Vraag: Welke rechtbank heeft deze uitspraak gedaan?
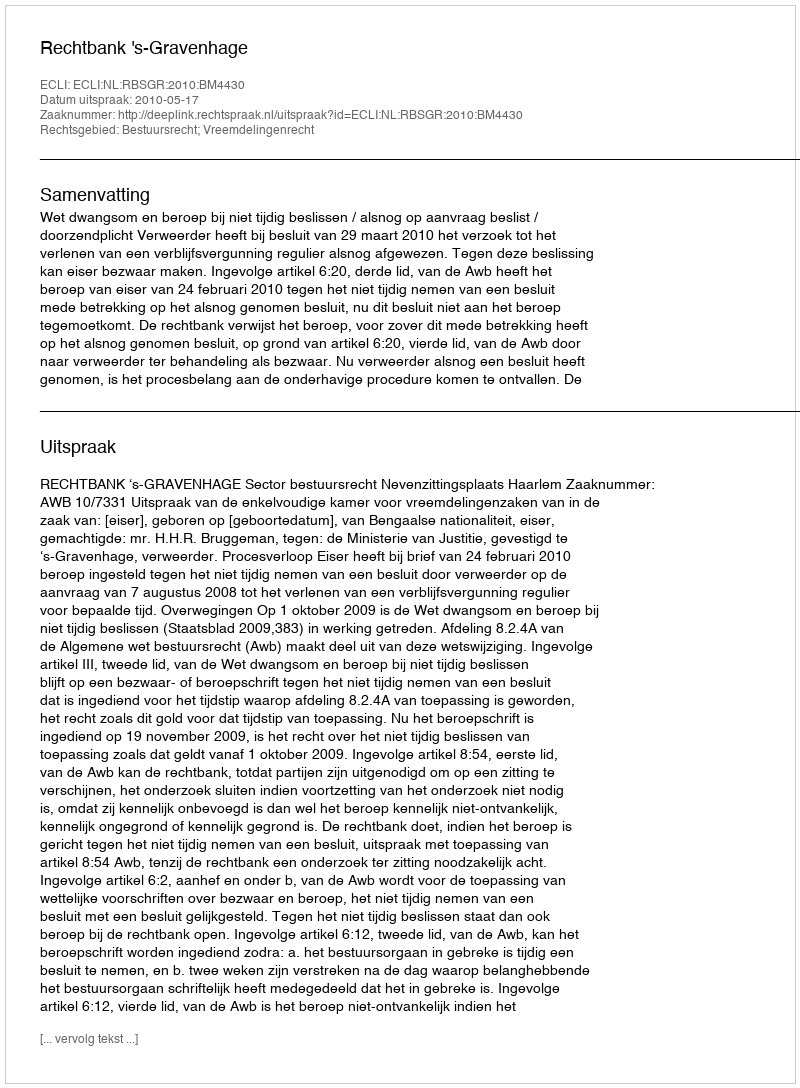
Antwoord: Rechtbank 's-Gravenhage